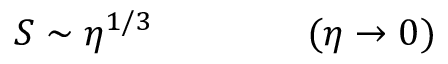
S \sim \eta ^ { 1 / 3 } \qquad \qquad ( \eta \rightarrow 0 )